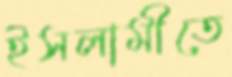
ইসলামীতে